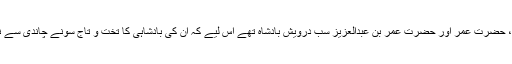
اور حضرت داؤدؑ، حضرت سلیمانؑ، حضرت ابوبکرؓ، حضرت عمرؓ اور حضرت عمر بن عبدالعزیز سب درویش بادشاہ تھے اس لیے کہ ان کی بادشاہی کا تخت و تاج سونے چاندی سے نہیں بلکہ حکمت کے لعل و گہر سے آراستہ ہوا تھا۔